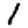
Digit: 1